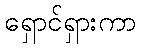
ရှောင်ရှားကာ